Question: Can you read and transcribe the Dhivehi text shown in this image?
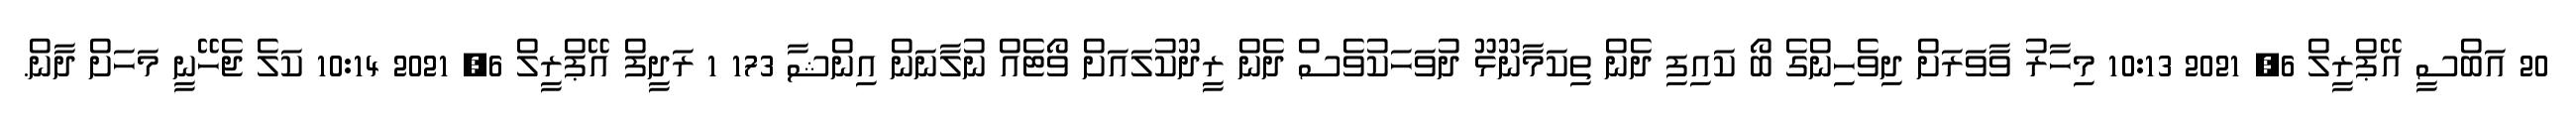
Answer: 20 އަބްސީ އޭޕްރީލް 6, 2021 10:13 މިހާރު ވާވަރަށް ދިވެހިންގެ ބޯ ކައިފި ދެން ތިކަމާނޫޅޫ ދުވަހަކުވެސް ދެން ރީދޫކުލައަށް ވޯޓެއް ނުލާނަން އިންޝާ 173 1 ރަދީފް އޭޕްރީލް 6, 2021 10:14 ކަލެ ޖެހޭނީ މަހަށް ދާން.